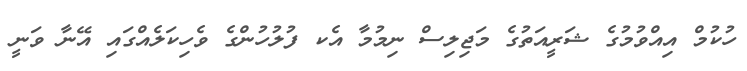
ހުކުމް އިއްވުމުގެ ޝަރީއަތުގެ މަޖިލިސް ނިމުމާ އެކ ފުލުހުންގެ ވެހިކަލެއްގައި އޭނާ ވަނީ